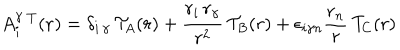
LaTeX: A _ { i } ^ { \gamma } \, ^ { T } ( { \bf r } ) = { \delta } _ { { i } \, { \gamma } } \, { \cal T } _ { A } ( r ) + \frac { r _ { i } \, r _ { \gamma } } { r ^ { 2 } } \, { \cal T } _ { B } ( r ) + { \epsilon } _ { i { \gamma } n } \frac { r _ { n } } { r } \, { \cal T } _ { C } ( r )